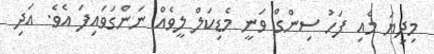
މިދިޔަ މެއި ފަހު ސިންގް ވަނީ މެޑިކަލް ލީވެއް ނަންގަވައިފަ އެވެ. އަދި